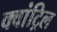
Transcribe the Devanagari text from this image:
क्वांट्रिल